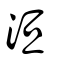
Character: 洹